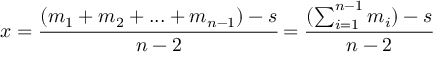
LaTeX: x = { \cfrac { ( m _ { 1 } + m _ { 2 } + . . . + m _ { n - 1 } ) - s } { n - 2 } } = { \cfrac { ( \sum _ { i = 1 } ^ { n - 1 } m _ { i } ) - s } { n - 2 } }